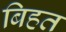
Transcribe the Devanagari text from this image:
बिहत